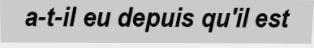
a-t-il eu depuis qu'il est